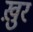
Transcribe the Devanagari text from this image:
ख़ुर